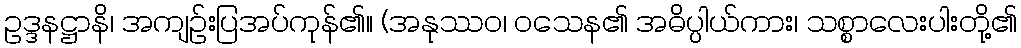
ဥဒ္ဒနဋ္ဌာနိ၊ အကျဉ်းပြအပ်ကုန်၏။ (အနုဿဝ၊ ဝသေန၏ အဓိပ္ပါယ်ကား၊ သစ္စာလေးပါးတို့၏